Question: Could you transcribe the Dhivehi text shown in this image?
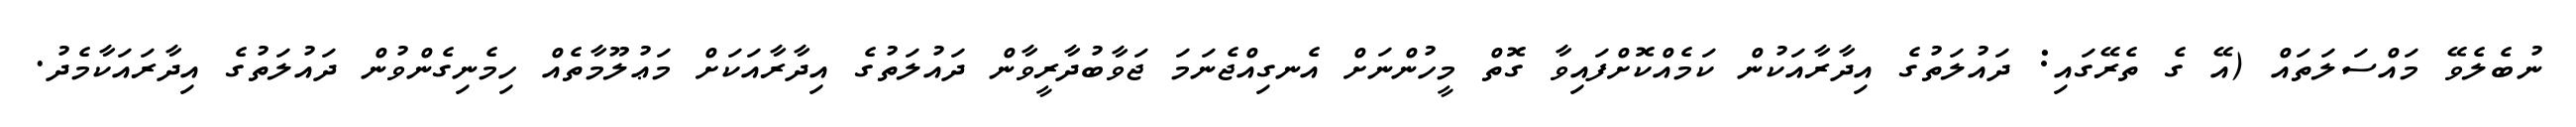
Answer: ނުބެލެވޭ މައްސަލަތައް (އޭ ގެ ތެރޭގައި: ދައުލަތުގެ އިދާރާއަކުން ކަމެއްކޮށްފައިވާ ގޮތް މީހުންނަށް އެނގިއްޖެނަމަ ޖަވާބުދާރީވާން ދައުލަތުގެ އިދާރާއަކަށް މަޢުލޫމާތެއް ހިމެނިގެންވުން ދައުލަތުގެ އިދާރައަކާމެދު.